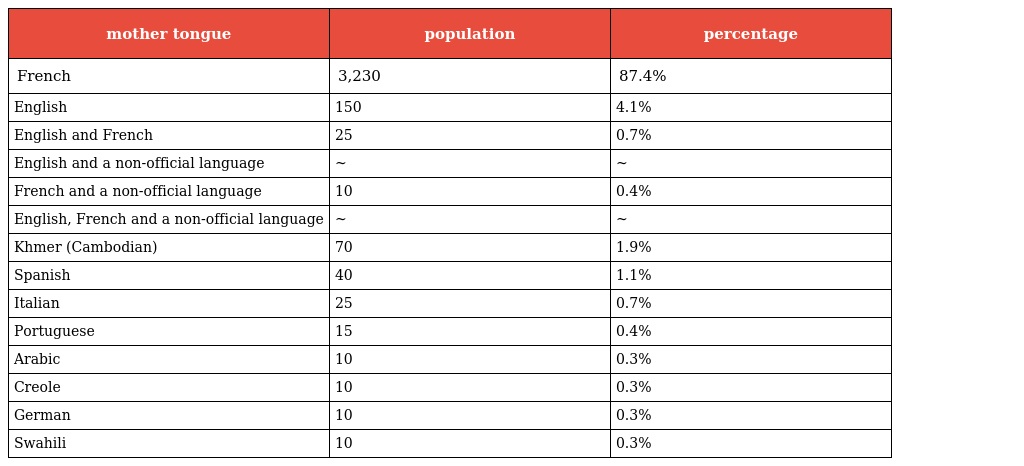
| mother tongue | population | percentage |
 | --- | --- | --- |
 | French | 3,230 | 87.4% |
 | English | 150 | 4.1% |
 | English and French | 25 | 0.7% |
 | English and a non-official language | ~ | ~ |
 | French and a non-official language | 10 | 0.4% |
 | English, French and a non-official language | ~ | ~ |
 | Khmer (Cambodian) | 70 | 1.9% |
 | Spanish | 40 | 1.1% |
 | Italian | 25 | 0.7% |
 | Portuguese | 15 | 0.4% |
 | Arabic | 10 | 0.3% |
 | Creole | 10 | 0.3% |
 | German | 10 | 0.3% |
 | Swahili | 10 | 0.3% |